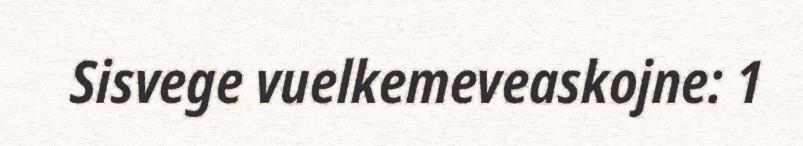
Sisvege vuelkemeveaskojne: 1